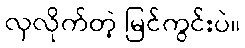
လှလိုက်တဲ့ မြင်ကွင်းပဲ။